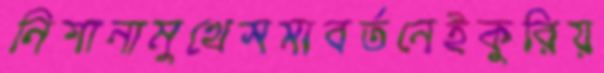
নিশানামুখেসমাবর্তনেইকুরিয়